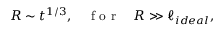
R \sim t ^ { 1 / 3 } , \quad \mathrm { ~ f ~ o ~ r ~ } \quad R \gg \ell _ { i d e a l } ,